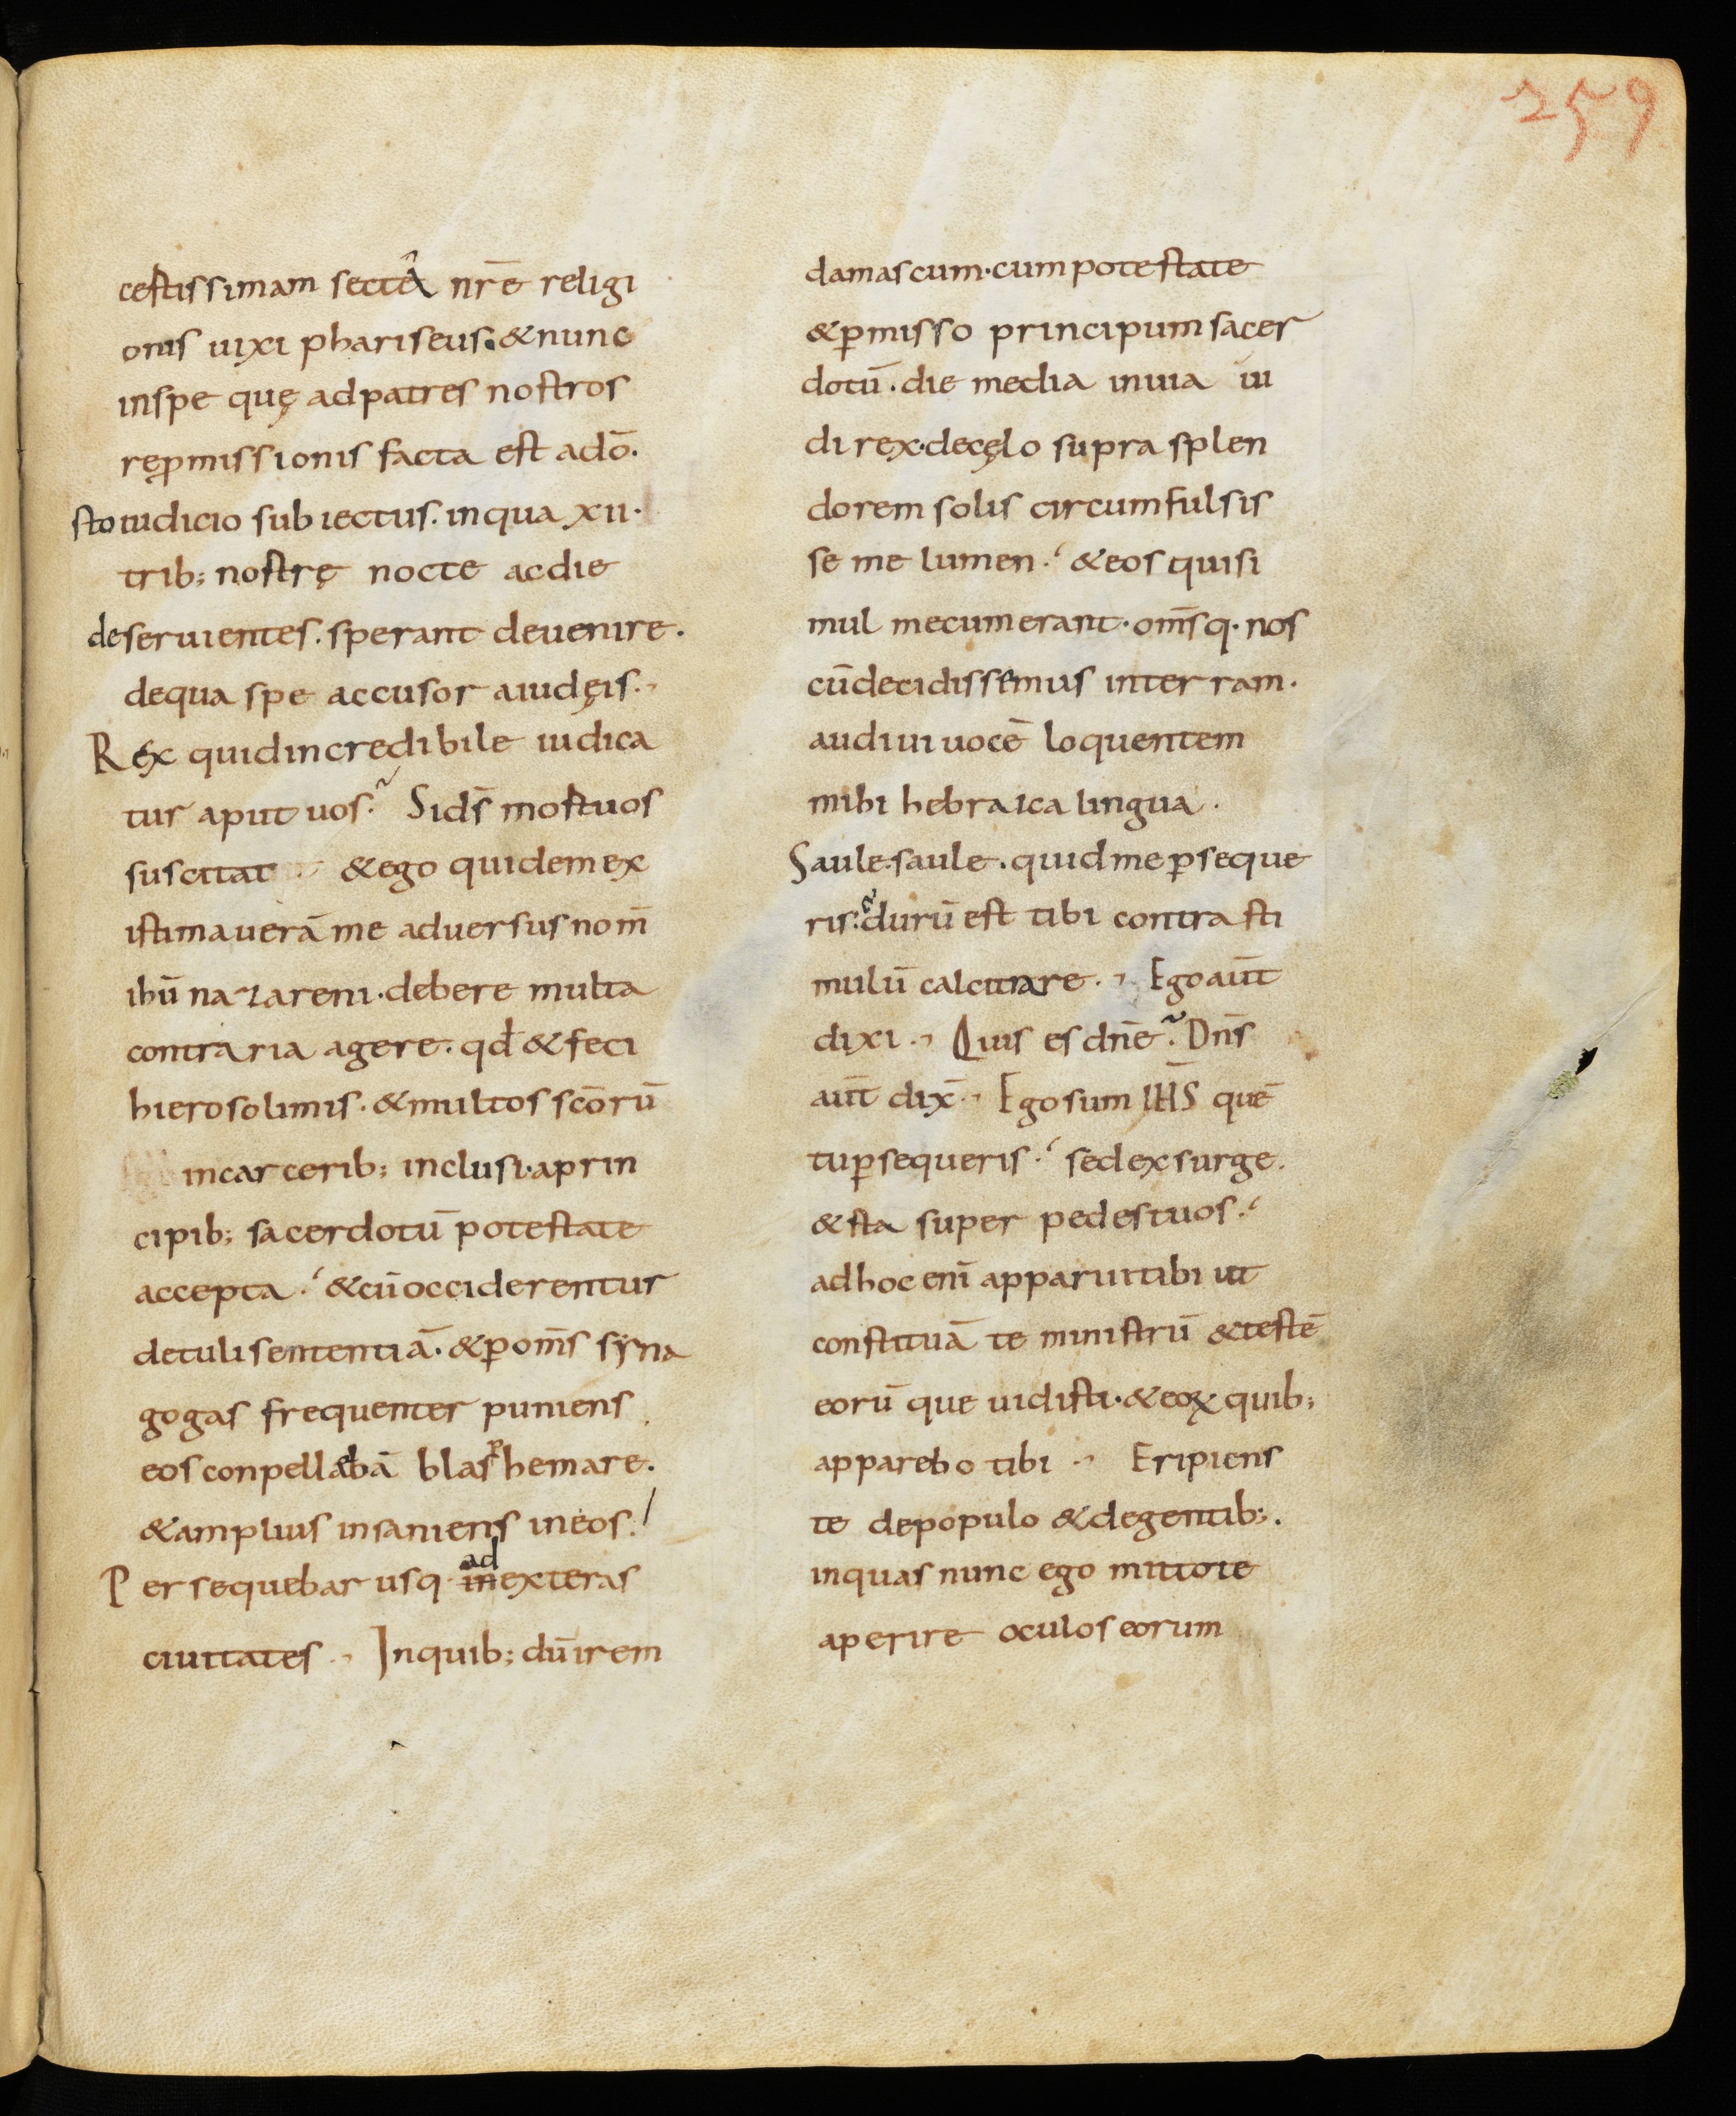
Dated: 800–899